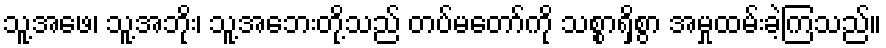
သူ့အဖေ၊ သူ့အဘိုး၊ သူ့အဘေးတို့သည် တပ်မတော်ကို သစ္စာရှိစွာ အမှုထမ်းခဲ့ကြသည်။